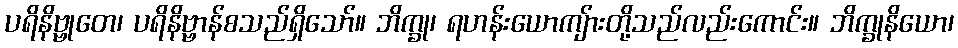
ပရိနိဗ္ဗုတေ၊ ပရိနိဗ္ဗာန်စသည်ရှိသော်။ ဘိက္ခု၊ ရဟန်းယောကျ်ားတို့သည်လည်းကောင်း။ ဘိက္ခုနိယော၊